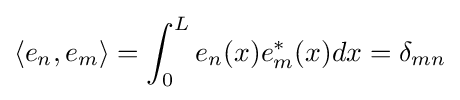
\langle e_{n},e_{m}\rangle =\int _{0}^{L}e_{n}(x)e_{m}^{*}(x)dx=\delta _{mn}